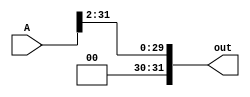
`timescale 1ns / 1ps
//////////////////////////////////////////////////////////////////////////////////
// Company: 
// Engineer: 
// 
// Design Name: 
// Module Name: N_BitShiftLeft_2
// Project Name: 
// Target Devices: 
// Tool Versions: 
// Description: 
// 
// Dependencies: 
// 
// Revision:
// Revision 0.01 - File Created
// Additional Comments:
// 
//////////////////////////////////////////////////////////////////////////////////


module N_BitShiftRight_2 #(parameter N=32) (input [N-1:0]A, output [N-1:0]out);

assign out = { 2'b00,  A[N-1:2]};

endmodule